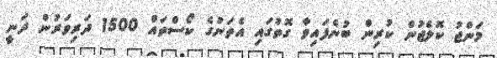
މަންޖު ކޮލެޖުން ކުރިން ބުނެފައިވާ ގޮތުގައި އެތަނުގެ ކޯސްތައް 1500 ދަރިވަރުން ދަނީ